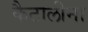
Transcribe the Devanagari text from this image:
कैटालीना